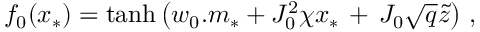
f _ { 0 } ( x _ { * } ) = \mathrm { t a n h } \left( w _ { 0 } . m _ { * } + J _ { 0 } ^ { 2 } \chi x _ { * } \, + \, J _ { 0 } \sqrt { q } \tilde { z } \right) \, ,